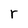
Character: r